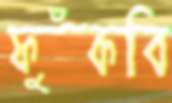
ফুঁকবি